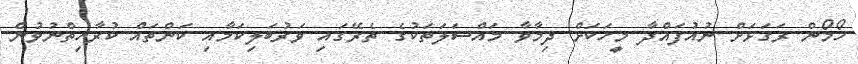
ހޯމޯން ރަގަޅަށް ނުއުފައްދާ މީހަކަށް ދިމާވާ މައްސަލަތަކުގެ ތެރޭގައި ވަރުބަލިކަމާއި ކަންތައް ކުރާހިތްނުވުން